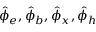
\hat { \phi } _ { e } , \hat { \phi } _ { b } , \hat { \phi } _ { x } , \hat { \phi } _ { h }